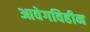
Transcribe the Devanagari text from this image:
आवेगविहीन